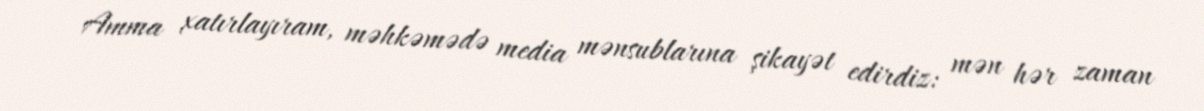
Amma xatırlayıram, məhkəmədə media mənsublarına şikayət edirdiz: mən hər zaman